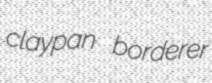
claypan borderer